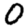
Digit: 0